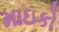
માઇકો